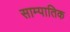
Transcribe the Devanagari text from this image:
साम्पातिक